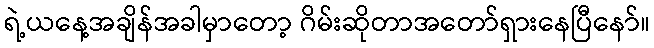
ရဲ့ယနေ့အချိန်အခါမှာတော့ ဂိမ်းဆိုတာအတော်ရှားနေပြီနော်။